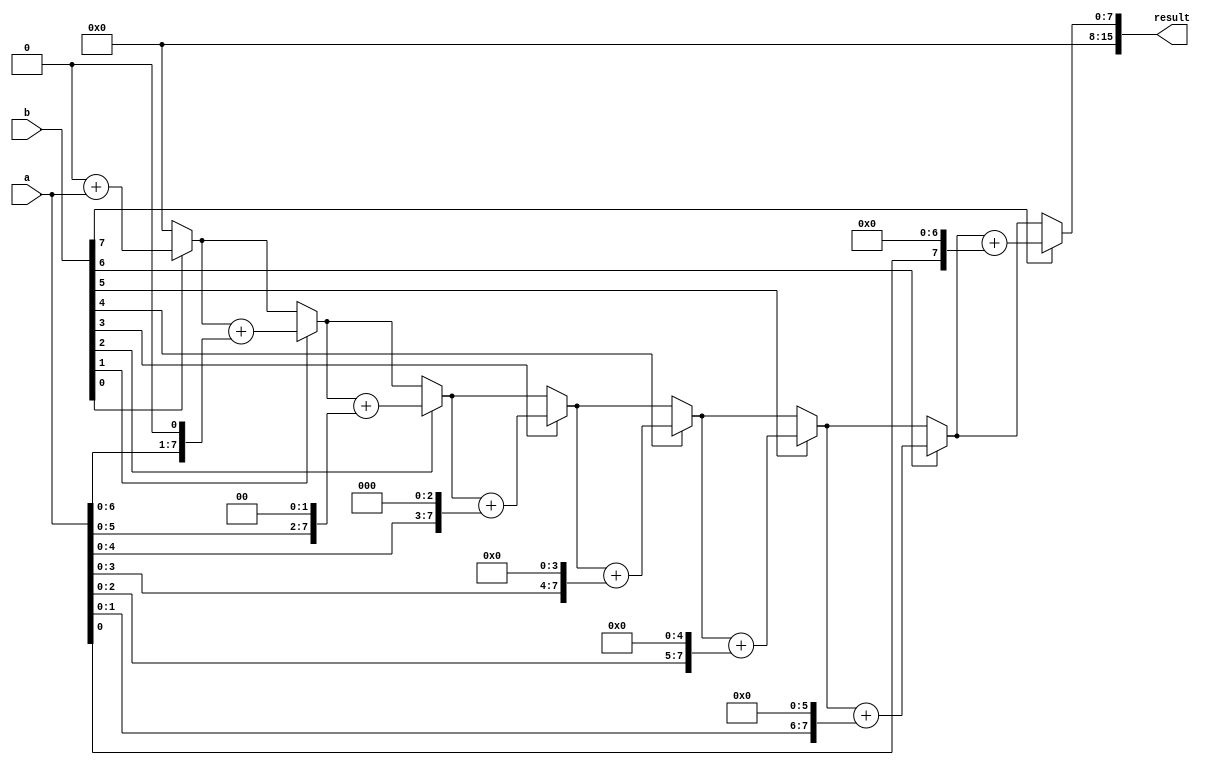
module multiplier (
  input [7:0] a,
  input [7:0] b,
  output reg [15:0] result
);

reg [7:0] partial_product;
reg [3:0] shift_count;

always @(*) begin
  shift_count = 0;
  partial_product = 0;

  repeat(8) begin
    if (b[shift_count] == 1) begin
      partial_product = partial_product + (a << shift_count);
    end
    shift_count = shift_count + 1;
  end

  result = partial_product;
end

endmodule